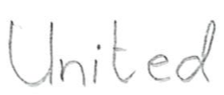
Text: United
Cross-out: clean
Writing tool: pencil